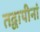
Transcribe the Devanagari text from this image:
तद्वापीनां